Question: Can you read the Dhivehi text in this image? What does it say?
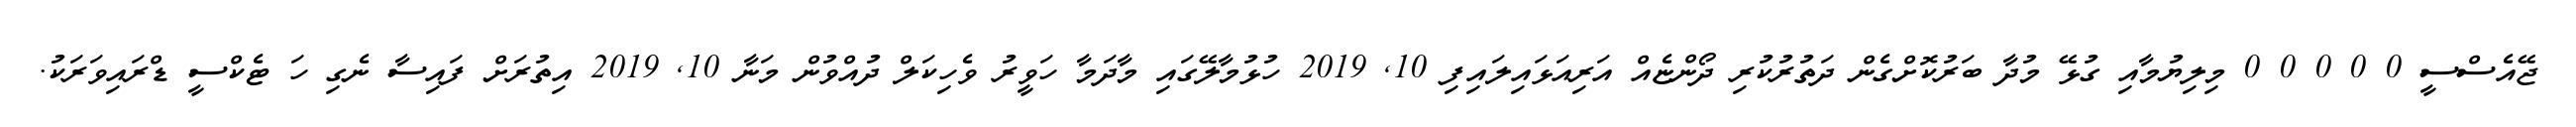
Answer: ޖޭއެސްސީ 0 0 0 0 0 މިލިޔުމާއި ގުޅޭ މުދާ ބަރުކޮށްގެން ދަތުރުކުރި ދޯންޏެއް އަރިއަޅައިލައިފި 10, 2019 ހުޅުމާލޭގައި މާދަމާ ހަވީރު ވެހިކަލް ދުއްވުން މަނާ 10, 2019 އިތުރަށް ފައިސާ ނެގި ހަ ޓެކްސީ ޑްރައިވަރަކު.